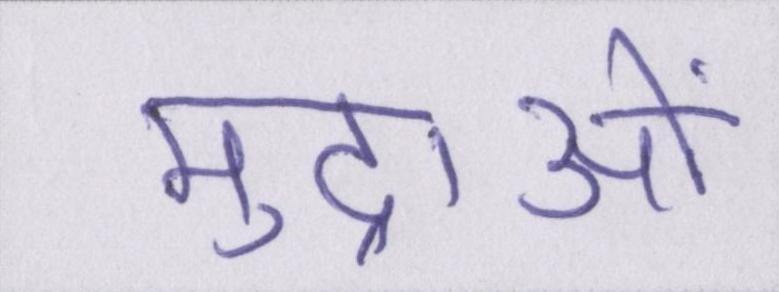
मुद्राओं